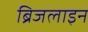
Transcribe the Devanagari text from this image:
ब्रिजलाइन